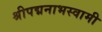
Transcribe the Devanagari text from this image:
श्रीपद्मनाभस्वामी